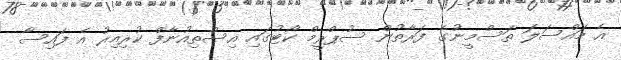
އެ މައްސަލަ ތަސްމީނުގެ ފަރާތުން ސުޕްރީމް ކޯޓުގައި އިސްތިއުނާފް ކުރިއިރު އެ ފައިސާ